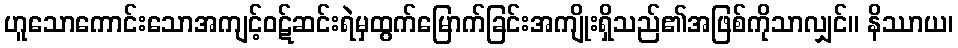
ဟူသောကောင်းသောအကျင့်ဝဋ်ဆင်းရဲမှထွက်မြောက်ခြင်းအကျိုးရှိသည်၏အဖြစ်ကိုသာလျှင်။ နိဿာယ၊